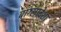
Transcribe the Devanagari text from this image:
बांग्लादेशा